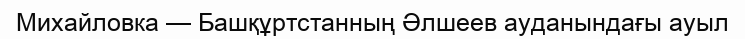
Михайловка — Башқұртстанның Әлшеев ауданындағы ауыл